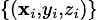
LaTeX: \scriptstyle\{ (\mathbf{x}_{i},y_{i},z_{i})\}